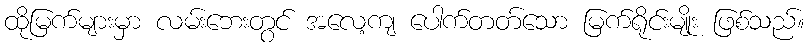
ထိုမြက်များမှာ လမ်းဘေးတွင် အလေ့ကျ ပေါက်တတ်သော မြက်ရိုင်းမျိုး ဖြစ်သည်။